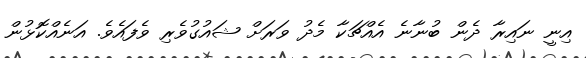
އިނީ ނައިރާ ދެން ބުނާނެ އެއްޗަކާ މެދު ވަރަށް ޝައުގުވެރި ވެފައެވެ. އަނެއްކޮޅުން